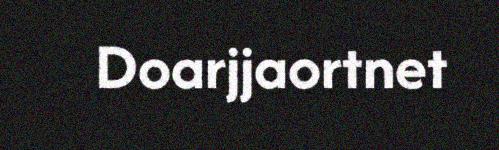
Doarjjaortnet